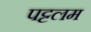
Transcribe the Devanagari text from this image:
पट्टलम